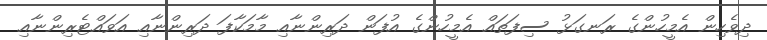
ދިވެހިން އެމީހުންގެ ރަނގަޅު ސިފަތައް އެމީހުންގެ އުފަން ދަރިންނާއި މާމަކާފަ ދަރިންނާއި އަވައްޓެރިންނާއި